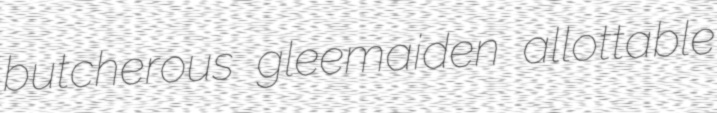
butcherous gleemaiden allottable